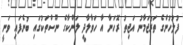
ފުލުހުންގެ ތަރުޖަމާނު އަޖިތު ރޮހަނާ އާ ހަވާލާދީ ލަންކާގެ ނޫސްތަކުގައި ބުނެފައި ވަނީ